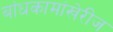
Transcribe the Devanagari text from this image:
बांधकामांखेरीज